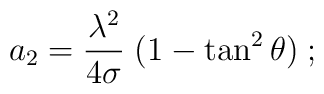
a_2 = {\lambda^2 \over 4\sigma}\; (1-\tan^2\theta)\;;